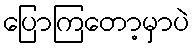
ပြောကြတော့မှာပဲ